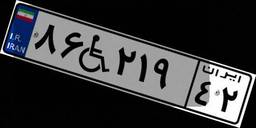
۰۶W۰۱۷۰۳